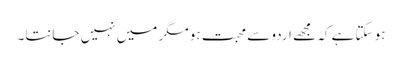
ہو سکتا ہے کہ مجھے اردو سے محبت ہو مگر میں نہیں جانتا۔